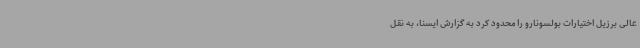
عالی برزیل اختیارات بولسونارو را محدود کرد به گزارش ایسنا، به نقل